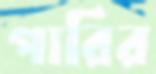
পারির